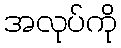
အလုပ်ကို